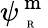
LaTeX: \psi_{\mathrm{~\tiny~R~}}^{\mathrm{~m~}}